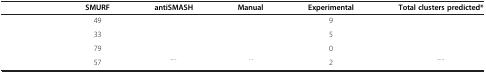
<table><thead><tr><td>[EMPTY_CELL]</td><td><b>SMURF</b></td><td><b>antiSMASH</b></td><td><b>Manual</b></td><td><b>Experimental</b></td><td><b>Total clusters predicted*</b></td></tr></thead><tbody><tr><td>[EMPTY_CELL]</td><td>49</td><td>[EMPTY_CELL]</td><td>[EMPTY_CELL]</td><td>9</td><td>[EMPTY_CELL]</td></tr><tr><td>[EMPTY_CELL]</td><td>33</td><td>[EMPTY_CELL]</td><td>[EMPTY_CELL]</td><td>5</td><td>[EMPTY_CELL]</td></tr><tr><td>[EMPTY_CELL]</td><td>79</td><td>[EMPTY_CELL]</td><td>[EMPTY_CELL]</td><td>0</td><td>[EMPTY_CELL]</td></tr><tr><td>[EMPTY_CELL]</td><td>57</td><td>[EMPTY_CELL]</td><td>[EMPTY_CELL]</td><td>2</td><td>[EMPTY_CELL]</td></tr></tbody></table>